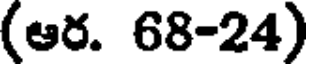
(ఆర. 68-24)